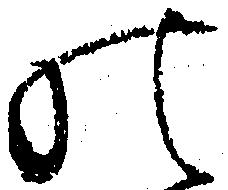
の